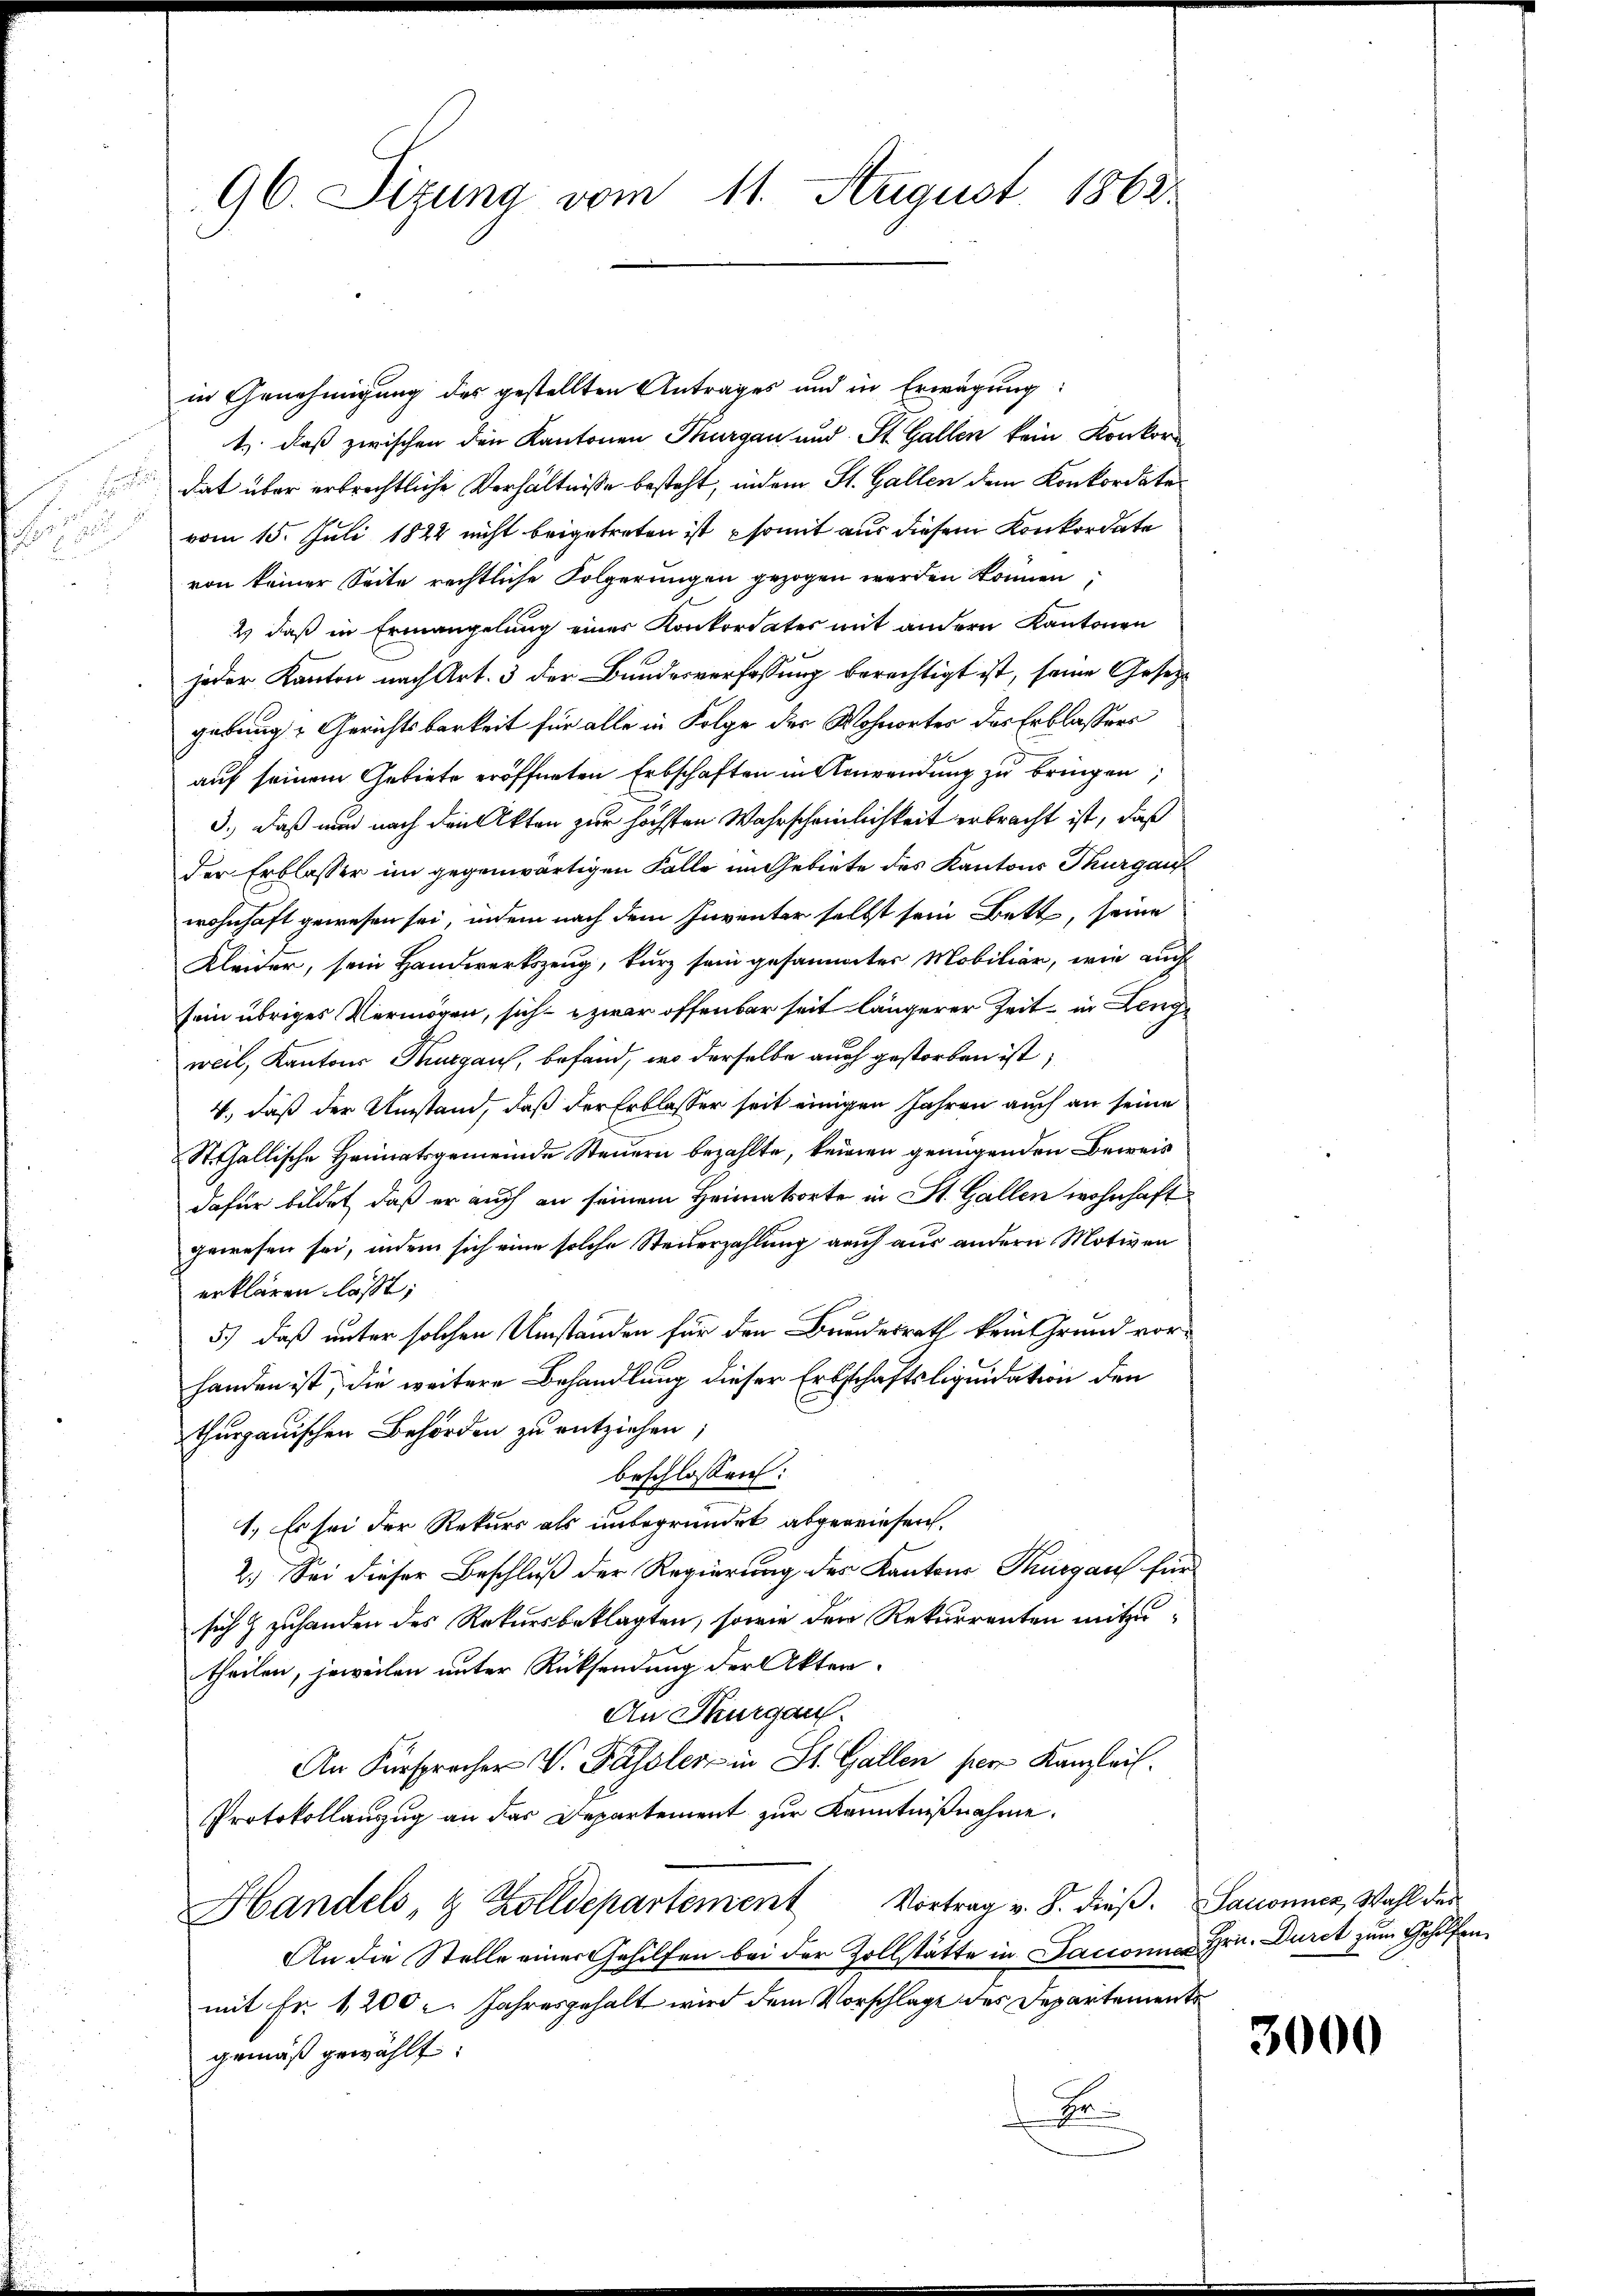
B

n

96. Sizung vom 11. August 1862

in Genehmigung des gestellten Antrages und in Erwägung:
1.) daß zwischen den Kantonen Thurgau und St. Gallen kein Konkorn
dat über erbrechtliche Verhältnisse besteht, indem St. Gallen dem Konkordate
vom 15. Juli 1824 nicht beigetreten ist somit aus diesem Konkordate
von keiner Seite rechtliche Folgerungen gezogen werden können,
2) daß in Ermangelung einer Konkordates mit andern Kantonen
jeder Kanton nach Art. 3 der Bundesverfassung berechtigt ist, seine Gesetzgebung Gerichtsbarkeit für alle in Folge der Wohnorter des Erblassers
auf seinem Gebiete eröffneten Erbschaften in Anwendung zu bringen;
3.) Daß nur nach den Akten zur höchsten Wahrscheinlichkeit erbracht ist, daß
der Erblasser im gegenwärtigen Falle im Gebiete des Kantons Thurgau
wohnhaft gewesen sei, indem nach dem Inventer selbst sein Bett, seine
Kleider, sein Handwerkszeug, kurz sein gesammter Mobiliar, wie auch
sein übriges Vermögen, sich zwar offenbar seit längerer Zeit in Lengweil, Kantons Thurgau, befand, wo derselbe auch gestorben ist;
4., daß der Umstand, daß der Erblasser seit einigen Jahren auch an seine
St.Gallische Heimatsgemeinde Steuern bezahlte, keinen genügenden Beweis
dafür bildet, daß er auch an seinem Heimatsorte in St. Gallen wohnhaft
gewesen sei, indem sich eine solche Steuerzahlung auch aus andern Motiven
erklären laßt,
5.) daß unter solchen Umständen für den Bundesrath kein Grund vorhanden ist, die weitere Behandlung dieser Erbschaftsliquidation den
thurgauischen Behörden zu entziehen;
beschlossen:
1. Es sei der Rekurs als unbegründet abgereinsen.
2.) Sei dieser Beschluß der Regierung des Kantons Thurgau für
sich & zuhanden des Rekursbeklagten, sowie der Rekurrenten mitzutheilen, jeweilen unter Rücksendung der Akten.
An Thurgau.
An Fürsprecher V. Passler in St. Gallen per Kanzleis
Protokollanzug an das Departement zur Kenntnißnahme.
Handels- & Zolldepartement Vortrag u. S. dieβ. Sanonicz, Wahl des
An die Stelle einer Gehilfen bei der Zollstätte in Sacconna Hrn. Durch zum Gehilfen.
mit Fr. 1200. Jahresgehalt wird dem Vorschlage des Departement
gemäß gewählt:
.

3000